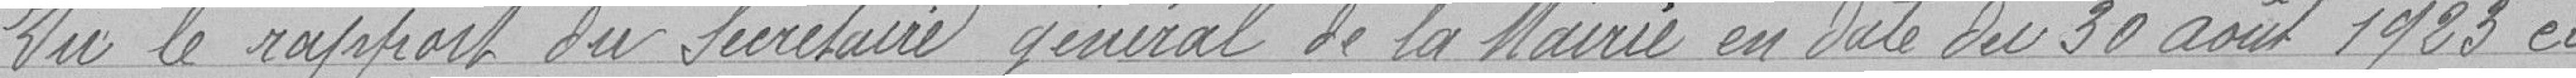
Vu le rapport du Secrétaire général de la Mairie en date du 30 août 1923 et